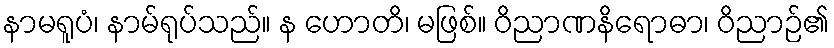
နာမရူပံ၊ နာမ်ရုပ်သည်။ န ဟောတိ၊ မဖြစ်။ ဝိညာဏနိရောဓာ၊ ဝိညာဉ်၏